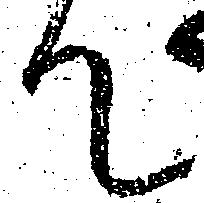
て